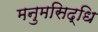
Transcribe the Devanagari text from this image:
मनुमसिद्धि